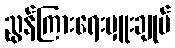
ညွန်ကြားရေးမှူးချုပ်